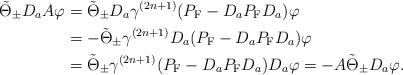
LaTeX: \begin{align*}\tilde{\Theta}_\pm D_a A\varphi&=\tilde{\Theta}_\pm D_a\gamma^{(2n+1)}(P_{\rm F}-D_aP_{\rm F}D_a)\varphi\\&=-\tilde{\Theta}_\pm\gamma^{(2n+1)}D_a(P_{\rm F}-D_aP_{\rm F}D_a)\varphi\\&=\tilde{\Theta}_\pm\gamma^{(2n+1)}(P_{\rm F}-D_aP_{\rm F}D_a)D_a\varphi=-A\tilde{\Theta}_\pm D_a\varphi. \end{align*}